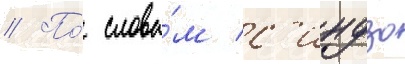
// По́ слова́м с'индзо